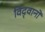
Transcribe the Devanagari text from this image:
विद्‍वानों